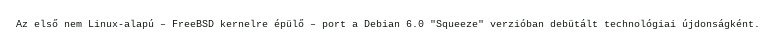
Az első nem Linux-alapú – FreeBSD kernelre épülő – port a Debian 6.0 "Squeeze" verzióban debütált technológiai újdonságként.